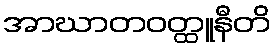
အာဃာတဝတ္ထူနီတိ